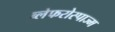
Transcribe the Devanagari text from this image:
ब्लेफरोस्पाज्म